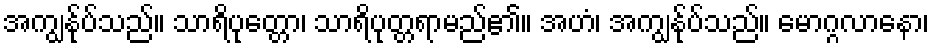
အကျွန်ုပ်သည်။ သာရိပုတ္တော၊ သာရိပုတ္တရာမည်၏။ အဟံ၊ အကျွန်ုပ်သည်။ မောဂ္ဂလာနော၊